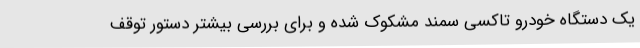
یک دستگاه خودرو تاکسی سمند مشکوک شده و برای بررسی بیشتر دستور توقف